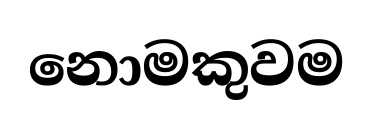
නොමකුවම